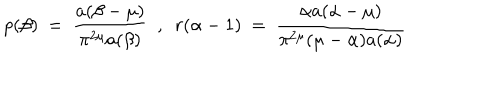
p ( \beta ) ~ = ~ \frac { a ( \beta - \mu ) } { \pi ^ { 2 \mu } a ( \beta ) } ~ ~ , ~ ~ r ( \alpha - 1 ) ~ = ~ \frac { \alpha a ( \alpha - \mu ) } { \pi ^ { 2 \mu } ( \mu - \alpha ) a ( \alpha ) }